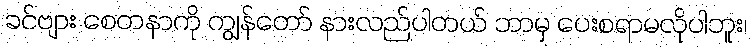
ခင်ဗျား စေတနာကို ကျွန်တော် နားလည်ပါတယ် ဘာမှ ပေးစရာမလိုပါဘူး၊